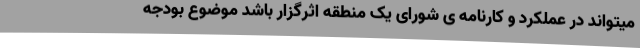
میتواند در عملکرد و کارنامه ی شورای یک منطقه اثرگزار باشد موضوع بودجه